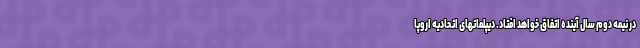
در نیمه دوم سال آینده اتفاق خواهد افتاد. دیپلماتهای اتحادیه اروپا